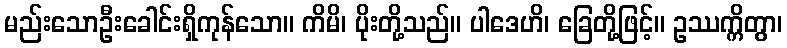
မည်းသောဦးခေါင်းရှိကုန်သော။ ကိမိ၊ ပိုးတို့သည်။ ပါဒေဟိ၊ ခြေတို့ဖြင့်။ ဥဿက္ကိတွာ၊